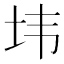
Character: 𰉘